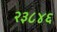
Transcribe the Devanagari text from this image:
२३८४६